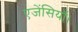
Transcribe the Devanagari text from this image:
एजेंसियाँ।